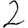
Digit: 2